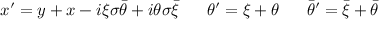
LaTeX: \begin{array} { l l l } { { x ^ { \prime } = y + x - i \xi \sigma \bar { \theta } + i \theta \sigma \bar { \xi } ~ } } & { { ~ \theta ^ { \prime } = \xi + \theta ~ } } & { { ~ \bar { \theta } ^ { \prime } = \bar { \xi } + \bar { \theta } } } \end{array}